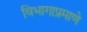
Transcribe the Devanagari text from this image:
विभागाप्रमाणे